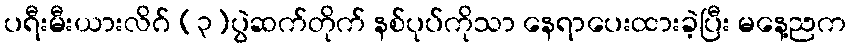
ပရီးမီးယားလိဂ် (၃)ပွဲဆက်တိုက် နစ်ပုပ်ကိုသာ နေရာပေးထားခဲ့ပြီး မနေ့ညက